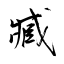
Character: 臧